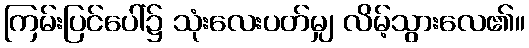
ကြမ်းပြင်ပေါ်၌ သုံးလေးပတ်မျှ လိမ့်သွားလေ၏။